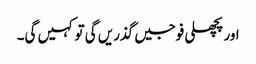
اور پچھلی فوجیں گذریں گی تو کہیں گی۔